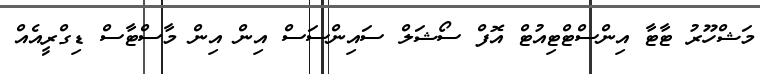
މަޝްހޫރު ޓާޓާ އިންސްޓްޓިއުޓް އޮފް ސޯޝަލް ސައިންސަސް އިން އިން މާސްޓާސް ޑިގްރީއެއް